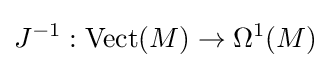
J^{-1}:{\text{Vect}}(M)\to \Omega ^{1}(M)